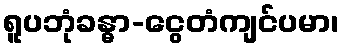
ရူပဘုံခန္ဓာ-ငွေတံကျင်ပမာ၊